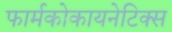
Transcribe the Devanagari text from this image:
फार्मकोकायनेटिक्स